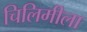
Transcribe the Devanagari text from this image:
चिलिमीला